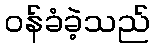
ဝန်ခံခဲ့သည်